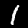
Label: 1